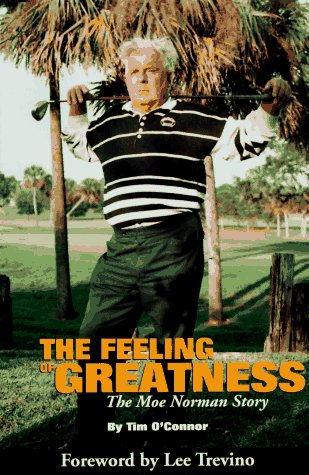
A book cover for The Feeling of Greatness: The Moe Norman Story; Tim O'Connor; Biographies & Memoirs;